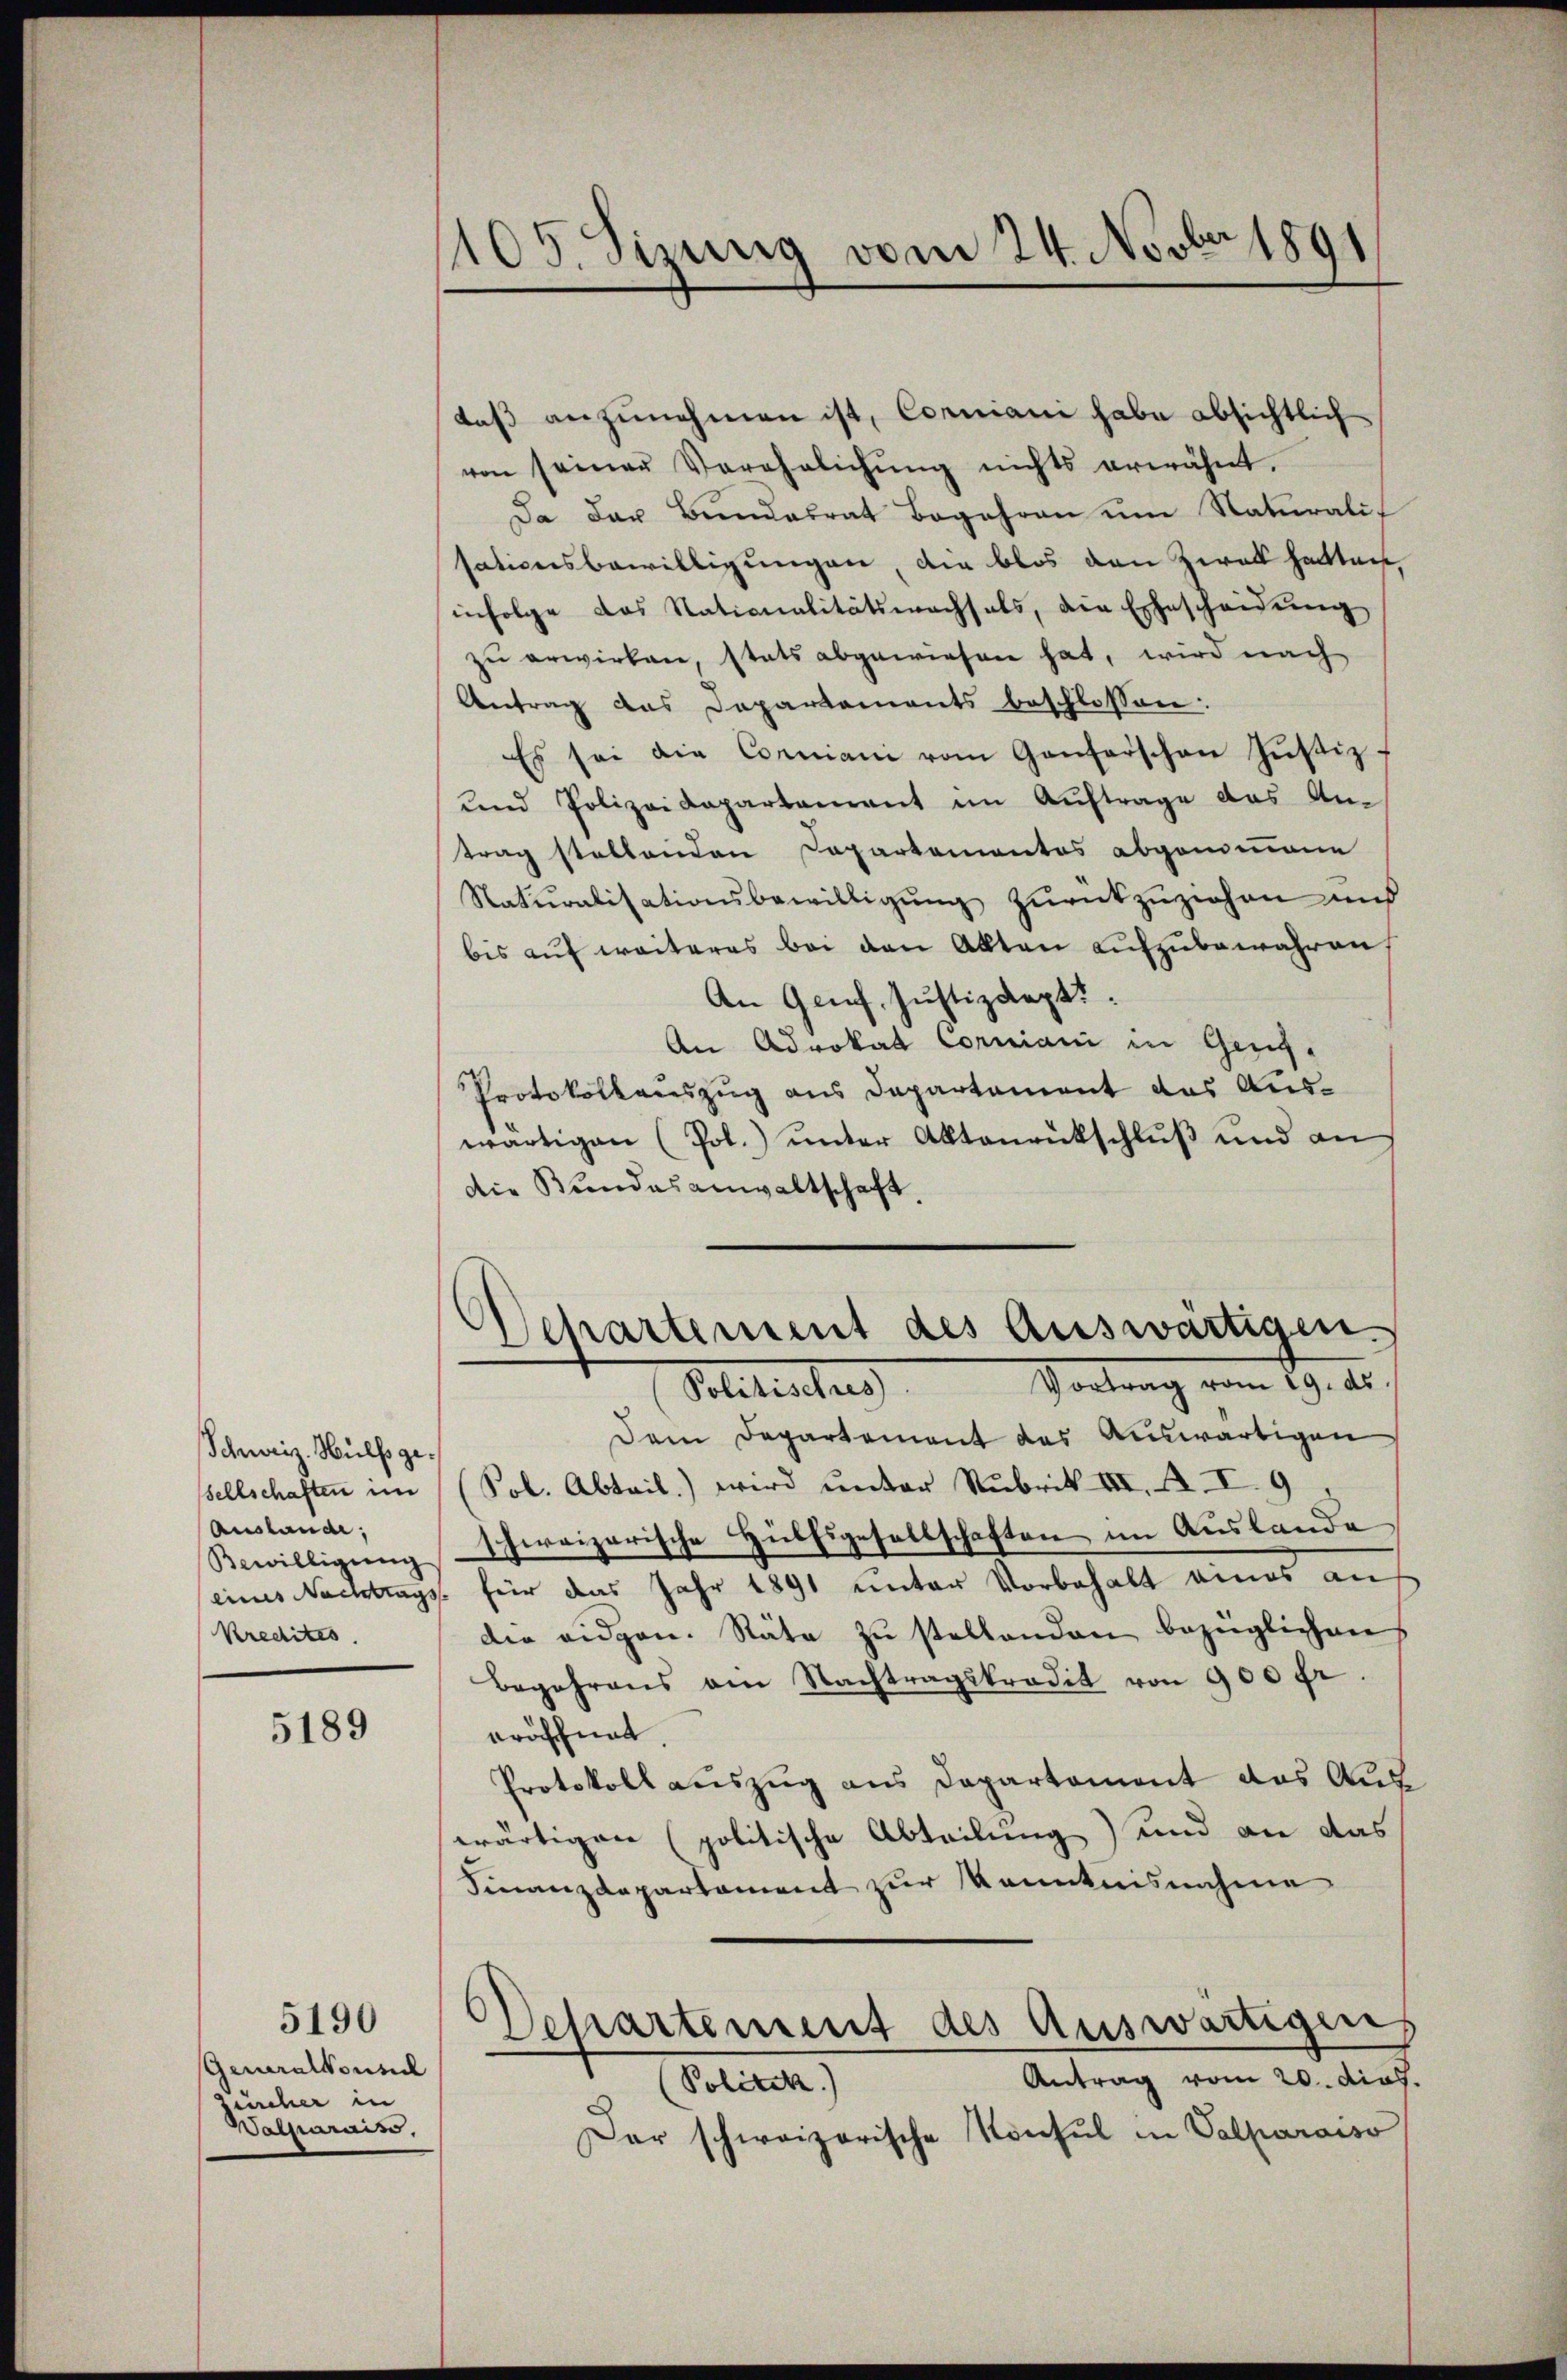
Schweiz. Hülfsgesellschaften im
Ausland,
Kredites.

5189

Generalkonsul
Zürcher in
Walparaiss,

5190

1105. Sizung vom 24. Novber 1891

daβ anzunehmen ist, Comiani habe absichtlich
von seiner Verehelichŭng nichts erwähnt.
Da der Bundesrat Begehren um Naturalit
sationsbewilligungen, die blos den Zwek hatten,
infolge das Nationalitätswachsels, die Ehescheidung
zu erwirken, stats abgewiesen hat, wird nach
Antrag das Departements beschlossen:
Es sei die Commiani vom Ganterschen Jŭstiz-
und Polizeidepartement im Auftrage das Antrag stellenden Departementes abgenommene
Naturalisationsbewilligŭng zŭrückzŭziehen und
bis aŭf weiteres bei den Alten aufzubewahren,
An Genf, Justizdept.
An Advokat Corniani in Genf.
Protokollauszug aus Departement das Auswärtigen (Pol.) unter Aktenrückschlŭβ und an
Die Bundesanwaltschaft.
Departement des Auswärtigen.
Vortrag vom 19. ds.
Solitischen
Dem Departement das Auswärtigen
Pol. Abteil) wird unter Rubrik III. A. I. 9.
Bewilligŭng schweizerische Hülfsgesellschaften im Auslande
eines Nachtrags für das Jahr 1891 unter Vorbehalt eines auf
die eidgen. Räte zŭ stellenden bezüglichen
Begehrens ein Nachtragskredit von 900 fr.
pröschnet.
Protokoll auszug aus Departement das Auswärtigen (politische Abteilung) und an das
Finanzdepartament zur Kenntnisnahme
Departement des Auswärtigeng
Antrag vom 20. dies.
Cotiret,
Dar schweizerische Konsul in Valparaiso